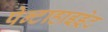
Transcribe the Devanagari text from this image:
पेन्टाहाइड्रेट